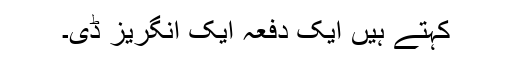
کہتے ہیں ایک دفعہ ایک انگریز ڈی۔